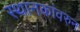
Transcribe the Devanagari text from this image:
स्थानकांवरुन